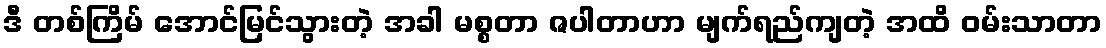
ဒီ တစ်ကြိမ် အောင်မြင်သွားတဲ့ အခါ မစ္စတာ ဇပါတာဟာ မျက်ရည်ကျတဲ့ အထိ ဝမ်းသာတာ